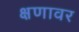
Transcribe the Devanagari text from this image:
क्षणावर